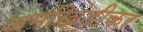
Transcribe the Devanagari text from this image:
जमखिंडीकर